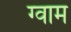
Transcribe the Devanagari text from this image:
ग्वाम